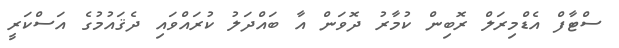
ސްޓާފް އެޑްމިރަލް ރޮބިން ކުމާރު ދޮވަން އާ ބައްދަލު ކުރައްވައި ދެޤައުމުގެ އަސްކަރީ